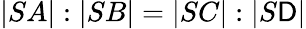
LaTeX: |SA|:|SB|=|SC|:|S\mathsf{D}|